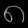
Digit: ၈